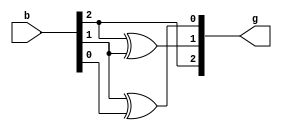
`timescale 1ns / 1ps
//////////////////////////////////////////////////////////////////////////////////
// Company: 
// Engineer: 
// 
// Design Name: 
// Module Name: binarytogrey
// Project Name: 
// Target Devices: 
// Tool Versions: 
// Description: 
// 
// Dependencies: 
// 
// Revision:
// Revision 0.01 - File Created
// Additional Comments:
// 
//////////////////////////////////////////////////////////////////////////////////


module binarytogrey(g,b);
output reg [2:0] g;
input [2:0] b;
always @ *
begin
g[2]=b[2];
g[1]=b[2]^b[1];
g[0]=b[1]^b[0];
end
endmodule